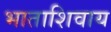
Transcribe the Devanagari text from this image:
भाताशिवाय